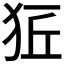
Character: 𤞈